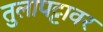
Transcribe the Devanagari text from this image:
तुलापट्टावर